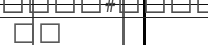
٨٢